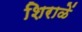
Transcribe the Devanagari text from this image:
शिराळें